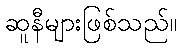
ဆူနီများဖြစ်သည်။